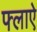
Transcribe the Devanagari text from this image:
फ्लाऐ